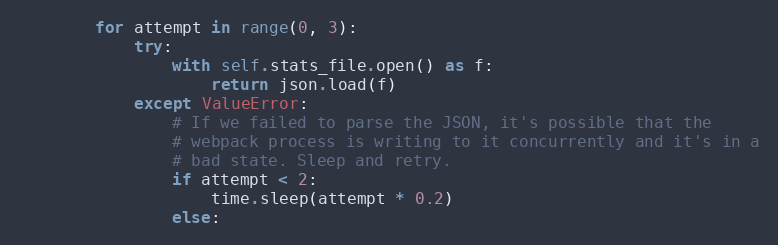
Language: Python
        for attempt in range(0, 3):
            try:
                with self.stats_file.open() as f:
                    return json.load(f)
            except ValueError:
                # If we failed to parse the JSON, it's possible that the
                # webpack process is writing to it concurrently and it's in a
                # bad state. Sleep and retry.
                if attempt < 2:
                    time.sleep(attempt * 0.2)
                else: